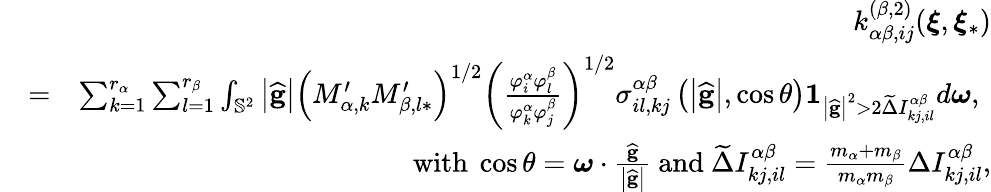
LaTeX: \begin{array}{rlr}&{}&{k_{\alpha\beta,ij}^{\left(\beta,2\right)}(\boldsymbol{\xi},\boldsymbol{\xi}_{\ast})}\\ &{=}&{\sum_{k=1}^{r_{\alpha}}\sum_{l=1}^{r_{\beta}}\int_{\mathbb{S}^{2}}\left\vert\widehat{\mathbf{g}}\right\vert\left(M_{\alpha,k}^{\prime}M_{\beta,l\ast}^{\prime}\right)^{1/2}\left(\frac{\varphi_{i}^{\alpha}\varphi_{l}^{\beta}}{\varphi_{k}^{\alpha}\varphi_{j}^{\beta}}\right)^{1/2}\sigma_{il,kj}^{\alpha\beta}\left(\left\vert\widehat{\mathbf{g}}\right\vert,\cos\theta\right)\mathbf{1}_{\left\vert\widehat{\mathbf{g}}\right\vert^{2}>2\widetilde{\Delta}I_{kj,il}^{\alpha\beta}}d\boldsymbol{\omega}\mathrm{,~}}\\ &{}&{\mathrm{with~}\cos\theta=\boldsymbol{\omega}\cdot\frac{\widehat{\mathbf{g}}}{\left\vert\widehat{\mathbf{g}}\right\vert}\mathrm{~and~}\widetilde{\Delta}I_{kj,il}^{\alpha\beta}=\frac{m_{\alpha}+m_{\beta}}{m_{\alpha}m_{\beta}}\Delta I_{kj,il}^{\alpha\beta}\mathrm{,}}\end{array}